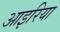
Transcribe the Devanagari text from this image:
आइरिया